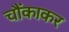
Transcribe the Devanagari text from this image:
चौंकाकर